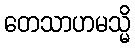
တေသာဟမသ္မိ